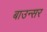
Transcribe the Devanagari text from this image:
बाउन्सर